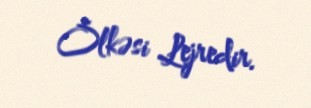
Ölkəsi Lejredir.